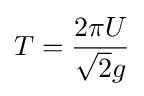
T={\frac {2\pi U}{{\sqrt {2}}g}}